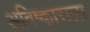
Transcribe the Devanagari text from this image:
अविष्काराला